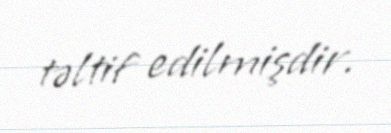
təltif edilmişdir.